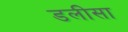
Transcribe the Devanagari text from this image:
डलीसा